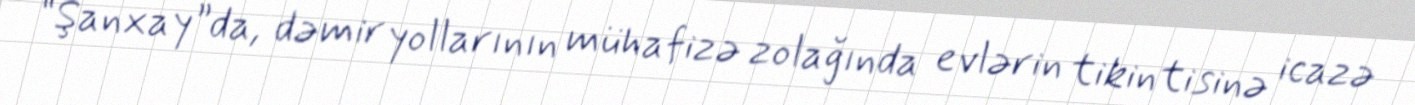
“Şanxay”da, dəmir yollarının mühafizə zolağında evlərin tikintisinə icazə